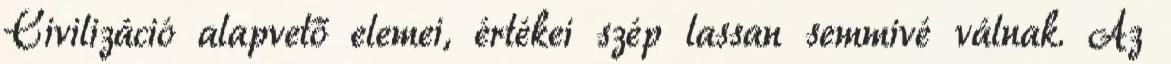
Civilizáció alapvető elemei, értékei szép lassan semmivé válnak. Az